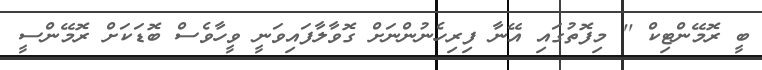
ބީ ރޮމޭންޓިކް '' މިފޮތުގައި އޭނާ ފިރިހެނުންނަށް ގޮވާލާފައިވަނީ ވީހާވެސް ބޮޑަކަށް ރޮމޭންސީ